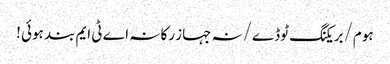
ہوم/بریکنگ ٹوڈے/نہ جہاز رکا نہ اے ٹی ایم بند ہوئی !